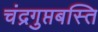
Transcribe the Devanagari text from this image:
चंद्रगुप्तबस्ति